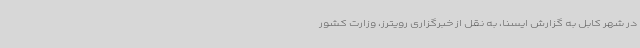
در شهر کابل به گزارش ایسنا،‌ به نقل از خبرگزاری رویترز، وزارت کشور